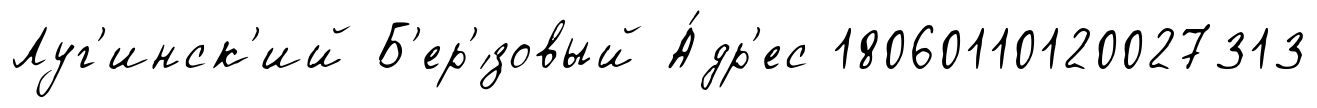
Луг'инск'ий Б'ер'́зовый А́др'ес 18060110120027313